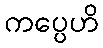
ကပ္ပေဟိ